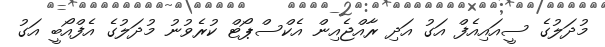
މުދަލުގެ ސީއައިއެފް އަގު އަދި ރާއްޖެއިން އެކްސްޕޯޓް ކުރެވުނު މުދަލުގެ އެފްއޯބީ އަގު